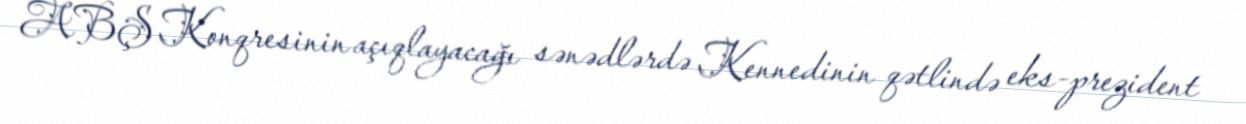
ABŞ Konqresinin açıqlayacağı sənədlərdə Kennedinin qətlində eks-prezident